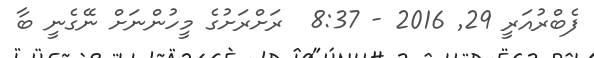
ފެބްރުއަރީ 29